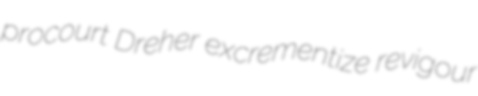
procourt Dreher excrementize revigour